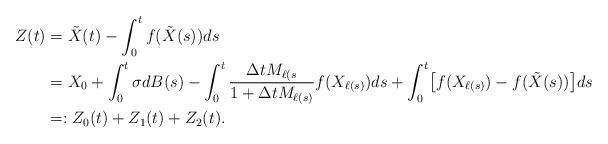
LaTeX: \begin{align*}Z(t)&=\tilde{X}(t)-\int_{0}^{t}f(\tilde{X}(s))ds\\&=X_0+\int_0^t\sigma dB(s)-\int_0^t\frac{\Delta tM_{\ell(s}}{1+\Delta tM_{\ell(s)}}f(X_{\ell(s)})ds+\int_0^t\bigl[f(X_{\ell(s)})-f(\tilde{X}(s))\bigr]ds\\&=:Z_0(t)+Z_1(t)+Z_2(t).\end{align*}